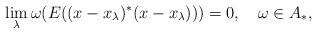
LaTeX: \begin{align*}\lim_\lambda \omega(E((x-x_\lambda)^*(x-x_\lambda)))=0,\ \ \ \omega\in A_*,\end{align*}